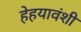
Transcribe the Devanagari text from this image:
हेहयावंशी